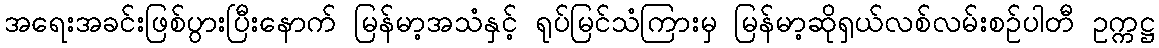
အရေးအခင်းဖြစ်ပွားပြီးနောက် မြန်မာ့အသံနှင့် ရုပ်မြင်သံကြားမှ မြန်မာ့ဆိုရှယ်လစ်လမ်းစဉ်ပါတီ ဥက္ကဋ္ဌ